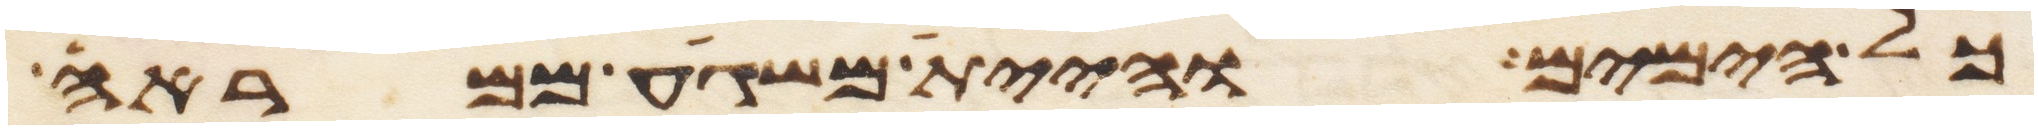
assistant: כל הימים והיית משגע ממראה